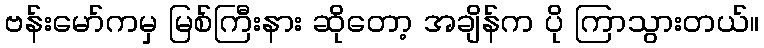
ဗန်းမော်ကမှ မြစ်ကြီးနား ဆိုတော့ အချိန်က ပို ကြာသွားတယ်။